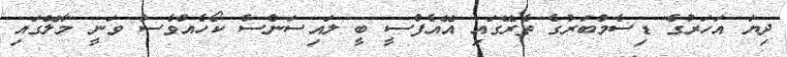
ދިޔަ އަހަރުގެ ޑިސެމްބަރުގެ ތެރޭގައި އޭއެފްސީ ބީ ލައިސަންސް ކޯހެއްވެސް ވަނީ މާލޭގައި